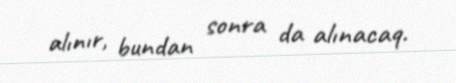
alınır, bundan sonra da alınacaq.